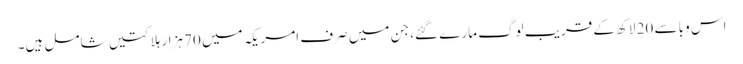
اس وبا سے 20 لاکھ کے قریب لوگ مارے گئے، جن میں صرف امریکہ میں 70 ہزار ہلاکتیں شامل ہیں۔